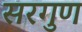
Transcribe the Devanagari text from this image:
सरगुण